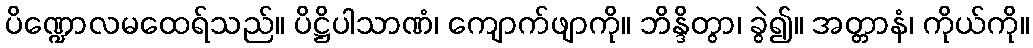
ပိဏ္ဍောလမထေရ်သည်။ ပိဋ္ဌိပါသာဏံ၊ ကျောက်ဖျာကို။ ဘိန္ဒိတွာ၊ ခွဲ၍။ အတ္တာနံ၊ ကိုယ်ကို။